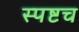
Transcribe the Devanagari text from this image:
स्पष्टच